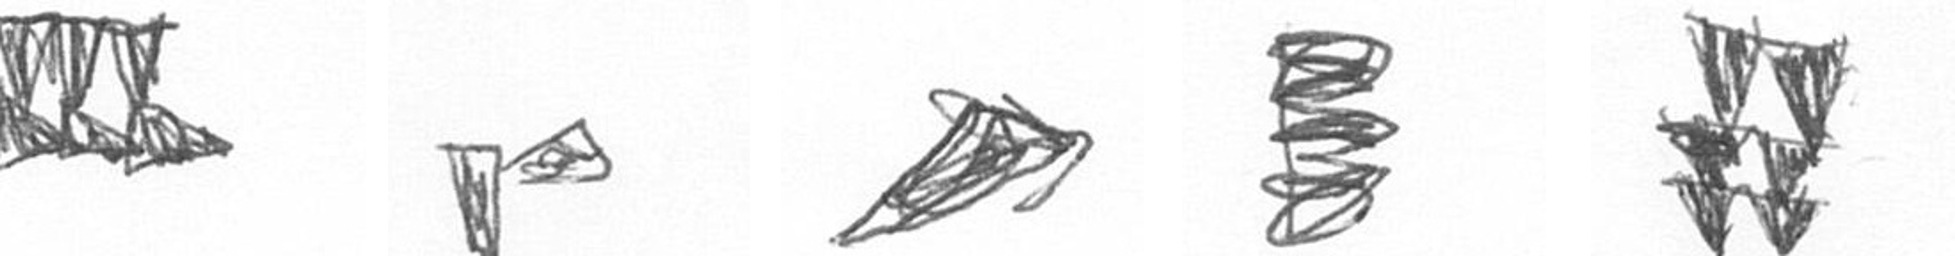
D F O H Y